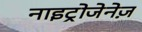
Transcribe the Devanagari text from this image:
नाइट्रोजेनेज़